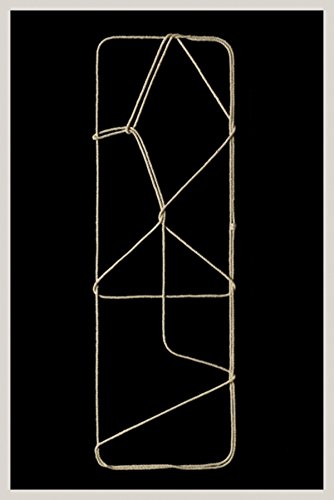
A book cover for String Figures: The Collections of Harry Smith: Catalogue RaisonnÃ©, Volume II; John Cohen; Arts & Photography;